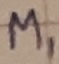
Text: M1